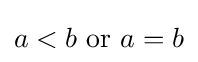
a<b{\text{ or }}a=b